Scottish Leaving Certificate Examination, 1960
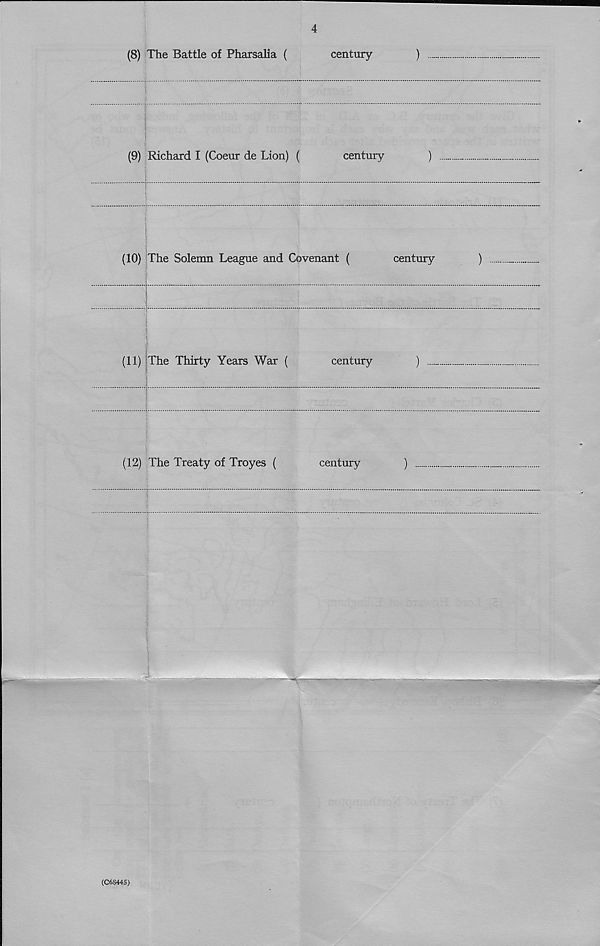
4
(8) The Battle of Pharsalia (
century
)
(9) Richard I (Coeur de Lion) (
century
)
(10) The Solemn League and Covenant (
century
)
(11) The Thirty Years War (
century
)
(12) The Treaty of Troyes (
century
)